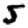
Digit: 5